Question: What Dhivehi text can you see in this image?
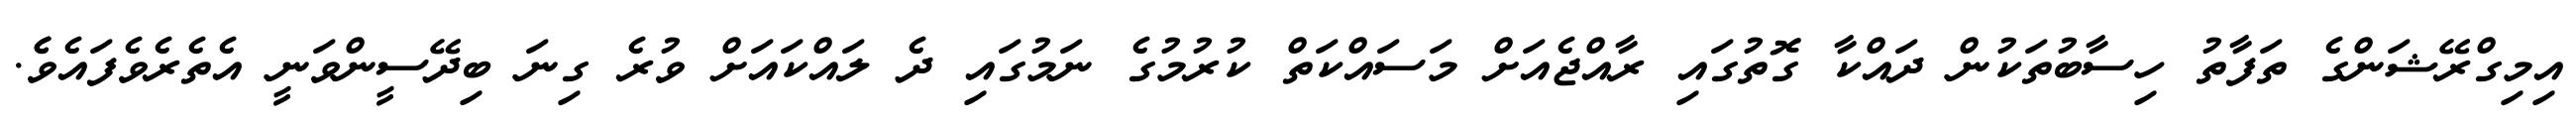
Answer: އިމިގްރޭޝަންގެ ތަފާތު ހިސާބުތަކުން ދައްކާ ގޮތުގައި ރާއްޖެއަށް މަސައްކަތް ކުރުމުގެ ނަމުގައި ދެ ލައްކައަށް ވުރެ ގިނަ ބިދޭސީންވަނީ އެތެރެވެފައެވެެ.